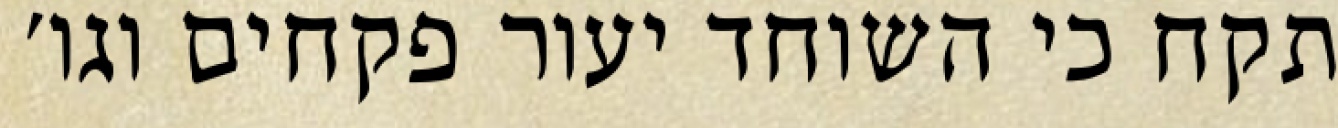
תקח כי השוחד יעור פקחים וגו׳